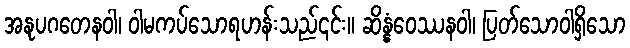
အနုပဂတေနဝါ၊ ဝါမကပ်သောရဟန်းသည်၎င်း။ ဆိန္နံဝေဿနဝါ၊ ပြတ်သောဝါရှိသော